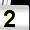
Digit: 2